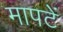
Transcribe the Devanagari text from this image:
मापटें